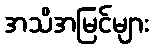
အသိအမြင်များ